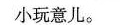
小玩意儿。